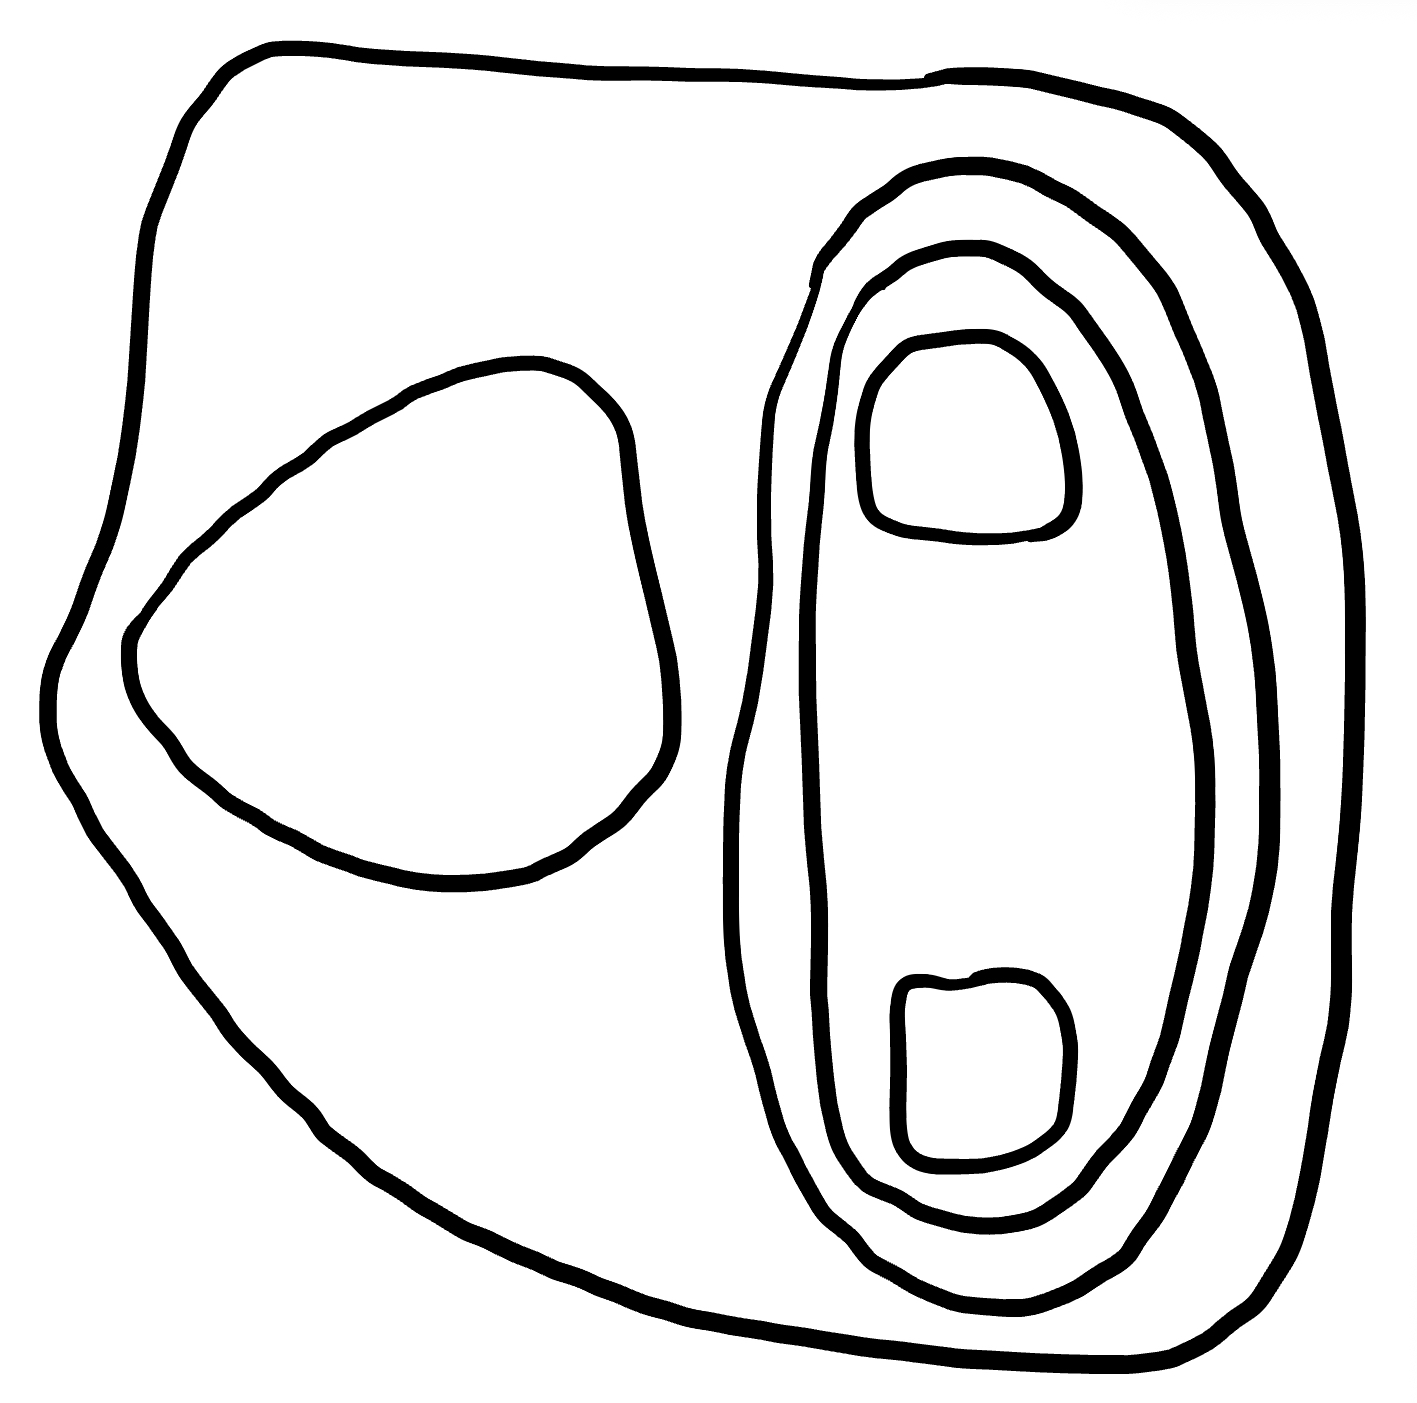
Number of regions (including the outer root region): 7
Containment tree edges (parent, child): 0, 1, 1, 2, 1, 3, 3, 4, 4, 5, 4, 6